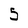
Character: 5